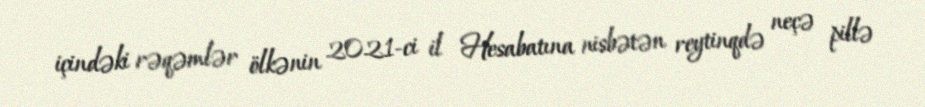
içindəki rəqəmlər ölkənin 2021-ci il Hesabatına nisbətən reytinqdə neçə pillə